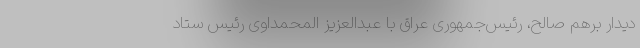
دیدار برهم صالح، رئیس‌جمهوری عراق با عبدالعزیز المحمداوی رئیس ستاد